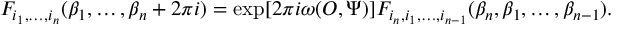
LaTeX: F _ { i _ { 1 } , \dots , i _ { n } } ( \beta _ { 1 } , \dots , \beta _ { n } + 2 \pi i ) = \exp [ 2 \pi i \omega ( { \cal O } , \Psi ) ] F _ { i _ { n } , i _ { 1 } , \dots , i _ { n - 1 } } ( \beta _ { n } , \beta _ { 1 } , \dots , \beta _ { n - 1 } ) .